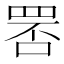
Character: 𦊾